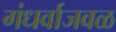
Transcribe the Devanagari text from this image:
गंधर्वाजवळ